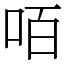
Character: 咟